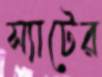
স্যাটের